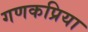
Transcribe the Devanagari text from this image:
गणकप्रिया